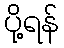
ပို့ရန်